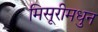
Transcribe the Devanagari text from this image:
मिसूरीमधुन